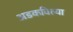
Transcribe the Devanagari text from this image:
अडकविल्या